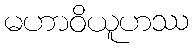
မဟာဝိယူဟဿ